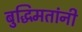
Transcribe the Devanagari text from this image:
बुद्धिमतांनी